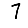
Digit: 7